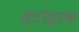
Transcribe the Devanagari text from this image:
स्टॉइरक